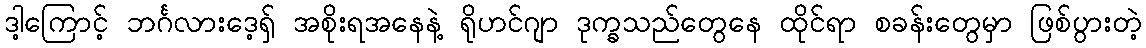
ဒါ့ကြောင့် ဘင်္ဂလားဒေ့ရှ် အစိုးရအနေနဲ့ ရိုဟင်ဂျာ ဒုက္ခသည်တွေနေ ထိုင်ရာ စခန်းတွေမှာ ဖြစ်ပွားတဲ့